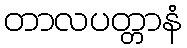
တာလပတ္တာနံ